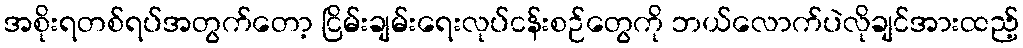
အစိုးရတစ်ရပ်အတွက်တော့ ငြိမ်းချမ်းရေးလုပ်ငန်းစဉ်တွေကို ဘယ်လောက်ပဲလိုချင်အားထည့်